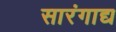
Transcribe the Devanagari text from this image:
सारंगाद्य